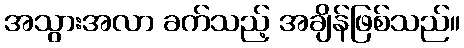
အသွားအလာ ခက်သည့် အချိန်ဖြစ်သည်။